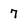
Character: 7